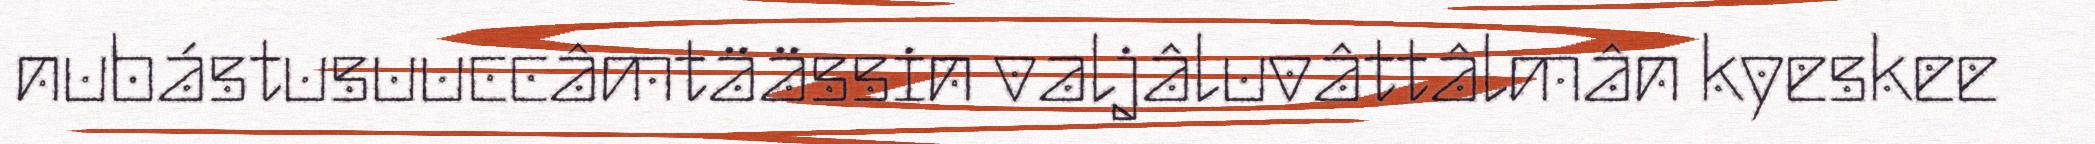
nubástusuuccâmtäässin valjâluvâttâlmân kyeskee